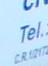
tel